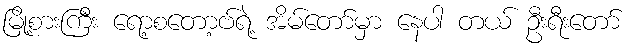
မြို့စားကြီး ရော့စတော့ဗ်ရဲ့ အိမ်တော်မှာ နေပါ တယ် ဦးရီးတော်